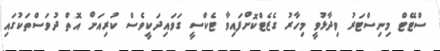
ސްޓޭޓް މިނިސްޓަރު ވިދާޅުވީ މިހާރު ގެޒެޓްކޮށްފައިވާ ޓެކްސީ ގަވައިދަކީވެސް ކުރިއަށް އޮތް ދުވަސްތަކުގައި